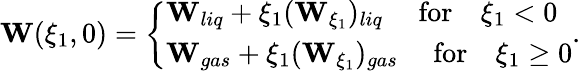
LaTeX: \begin{array}{r}{\mathbf{W}(\xi_{1},0)=\left\{ \begin{array}{ll}{\mathbf{W}_{liq}+\xi_{1}(\mathbf{W}_{\xi_{1}})_{liq}\quad\mathrm{~for}\quad\xi_{1}<0}\\ {\mathbf{W}_{gas}+\xi_{1}(\mathbf{W}_{\xi_{1}})_{gas}\quad\mathrm{~for}\quad\xi_{1}\geq 0}\end{array}\right..}\end{array}